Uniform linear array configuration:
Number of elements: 64
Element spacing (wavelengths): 0.5
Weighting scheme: hann
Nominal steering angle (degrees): -60
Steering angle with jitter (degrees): -59.251
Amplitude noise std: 0.05
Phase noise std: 0.05

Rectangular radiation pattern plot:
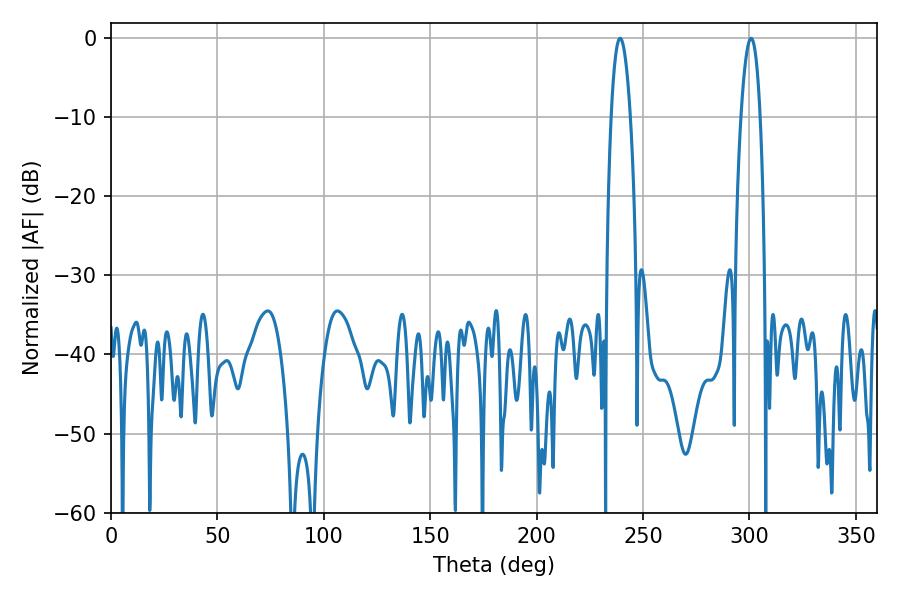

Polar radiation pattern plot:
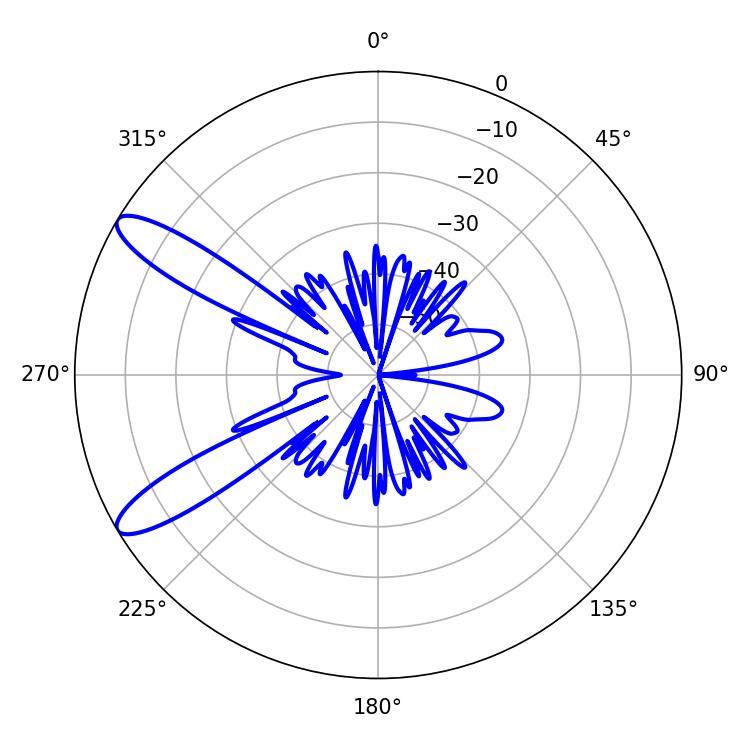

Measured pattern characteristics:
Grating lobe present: FALSE
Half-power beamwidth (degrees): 4.86
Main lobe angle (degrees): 239.22